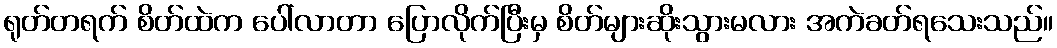
ရုတ်တရက် စိတ်ထဲက ပေါ်လာတာ ပြောလိုက်ပြီးမှ စိတ်များဆိုးသွားမလား အကဲခတ်ရသေးသည်။